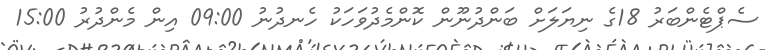
ސެޕްޓެންބަރުު 18ގެ ނިޔަލަށް ބަންދުނޫން ކޮންމެދުވަހަކު ހެނދުނު 09:00 އިން މެންދުރު 15:00